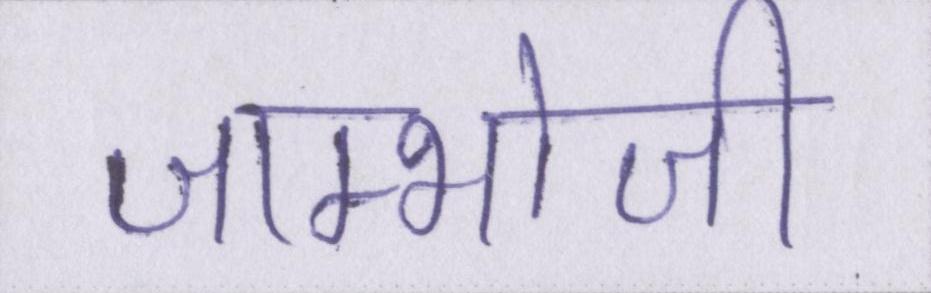
जाम्भोजी